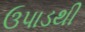
ઉપાડથી